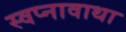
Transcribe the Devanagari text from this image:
स्वप्नावाथा